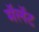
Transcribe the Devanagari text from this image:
मॅलॅट